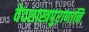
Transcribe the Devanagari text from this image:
वेदशास्त्रपुराणानि